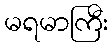
မရမာကြီး